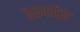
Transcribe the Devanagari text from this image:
ताइक्वोंदो